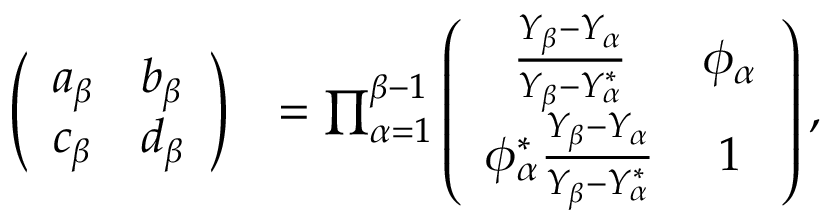
\begin{array} { r l } { \left( \begin{array} { l l } { a _ { \beta } } & { b _ { \beta } } \\ { c _ { \beta } } & { d _ { \beta } } \end{array} \right) } & { = \prod _ { \alpha = 1 } ^ { \beta - 1 } \left( \begin{array} { c c } { \frac { Y _ { \beta } - Y _ { \alpha } } { Y _ { \beta } - Y _ { \alpha } ^ { * } } } & { \phi _ { \alpha } } \\ { \phi _ { \alpha } ^ { * } \frac { Y _ { \beta } - Y _ { \alpha } } { Y _ { \beta } - Y _ { \alpha } ^ { * } } } & { 1 } \end{array} \right) , } \end{array}